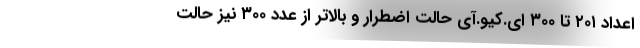
اعداد ۲۰۱ تا ۳۰۰ ای.کیو.آی حالت اضطرار و بالاتر از عدد ۳۰۰ نیز حالت